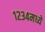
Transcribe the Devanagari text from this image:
१२३४मध्ये